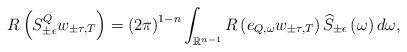
LaTeX: \begin{align*}R\left(S_{\pm\epsilon}^{Q}w_{\pm\tau,T}\right)=\left(2\pi\right)^{1-n}\int_{\mathbb{R}^{n-1}}R\left(e_{Q,\omega}w_{\pm\tau,T}\right)\widehat{S}_{\pm\epsilon}\left(\omega\right)d\omega,\end{align*}